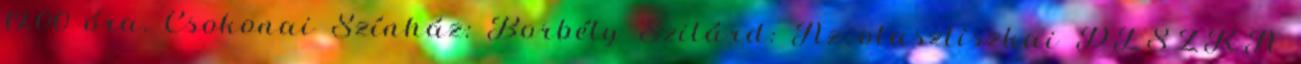
19.00 óra, Csokonai Színház: Borbély Szilárd: Az olaszliszkai DESZKA